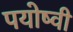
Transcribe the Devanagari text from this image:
पयोष्वी